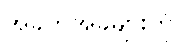
အခက်အခဲများကို